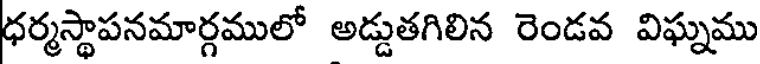
ధర్మస్థాపనమార్గములో అడ్డుతగిలిన రెండవ విఘ్నము